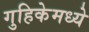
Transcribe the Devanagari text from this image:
गुहिकेमध्ये